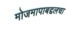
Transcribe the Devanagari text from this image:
मोजमापाबद्दलचा